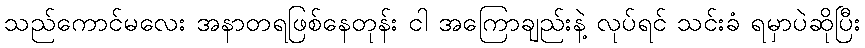
သည်ကောင်မလေး အနာတရဖြစ်နေတုန်း ငါ အကြောချည်းနဲ့ လုပ်ရင် သင်းခံ ရမှာပဲဆိုပြီး